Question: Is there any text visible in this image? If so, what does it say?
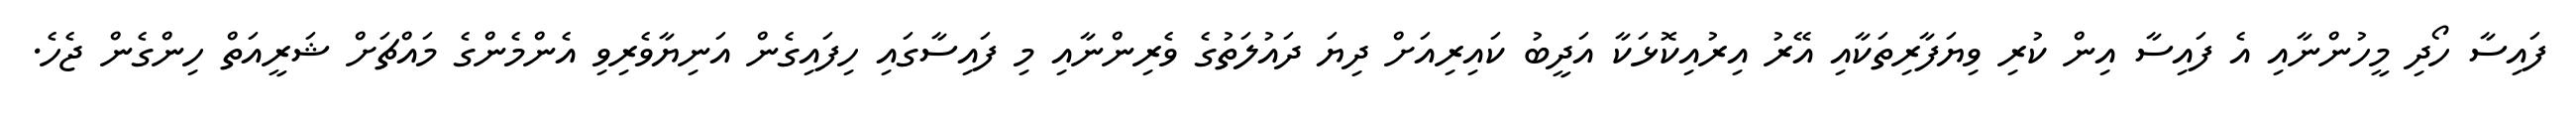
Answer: ފައިސާ ހޯދި މީހުންނާއި އެ ފައިސާ އިން ކުރި ވިޔަފާރިތަކާއި އޭރު އިރުއިކޮޅަކާ އަދީބު ކައިރިއަށް ދިޔަ ދައުލަތުގެ ވެރިންނާއި މި ފައިސާގައި ހިފައިގެން އަނިޔާވެރިވި އެންމެންގެ މައްޗަށް ޝަރީއަތް ހިންގެން ޖެހެ.